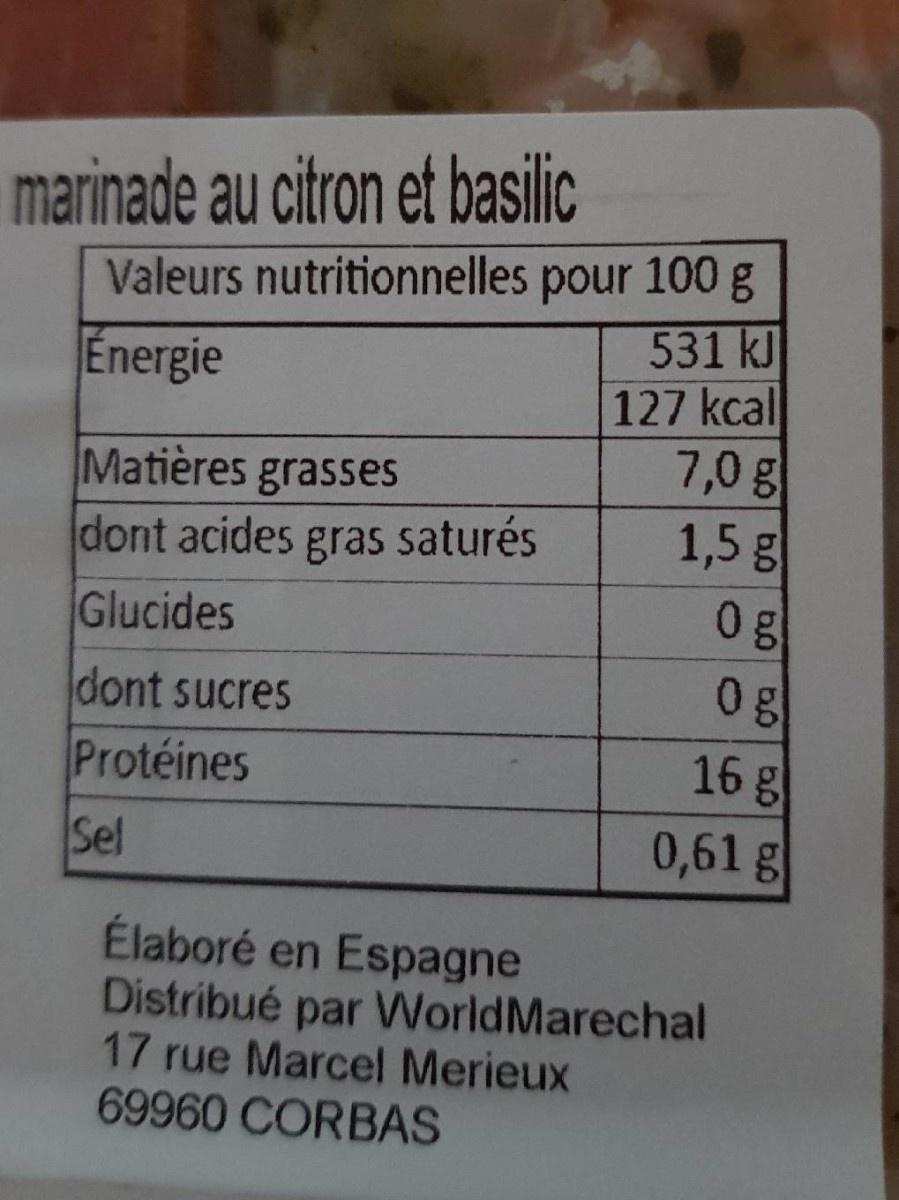
marinade au citron et basilic
Valeurs nutritionnelles pour 100 g 531 kJ 127 kcal 7,0 g 1,5 g 0g
Energie
Matières grasses dont acides gras saturés
Glucides
dont sucres
Protéines
16 g
Sel
0,61g
Élaboré en Espagne Distribué par VWorldMarechal 17 rue Marcel Merieux 69960 CORBAS